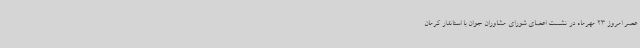
عصر امروز 23 مهرماه در نشست اعضای شورای مشاوران جوان با استاندار کرمان